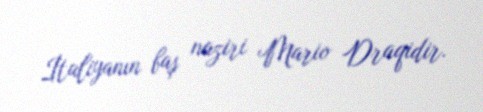
İtaliyanın baş naziri Mario Draqidir.